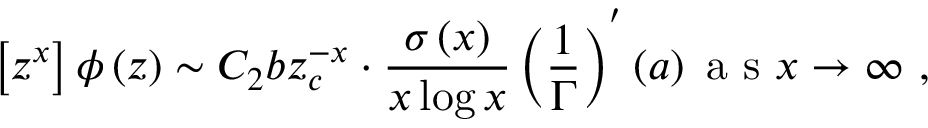
\left[ z ^ { x } \right] \phi \left( z \right) \sim C _ { 2 } b z _ { c } ^ { - x } \cdot \frac { \sigma \left( x \right) } { x \log x } \left( \frac { 1 } { \Gamma } \right) ^ { ^ { \prime } } \left( a \right) \mathrm { ~ a ~ s ~ } x \rightarrow \infty \mathrm { ~ , ~ }